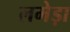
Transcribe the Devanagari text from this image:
लमेड़ा